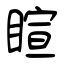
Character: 睻